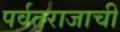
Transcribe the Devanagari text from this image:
पर्वतराजाची